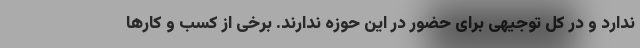
ندارد و در کل توجیهی برای حضور در این حوزه ندارند. برخی از کسب و کارها